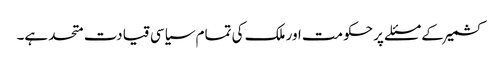
کشمیر کے مسئلے پر حکومت اور ملک کی تمام سیاسی قیادت متحد ہے۔